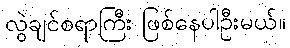
လွဲချင်စရာကြီး ဖြစ်နေပါဦးမယ်။